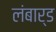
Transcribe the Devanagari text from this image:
लंबार्ड